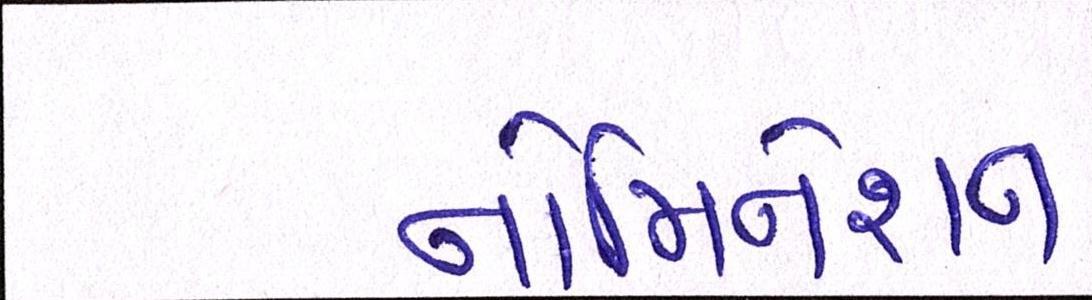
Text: નોમિનેશન